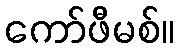
ကော်ဖီမစ်။